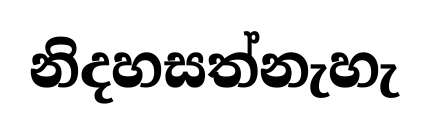
නිදහසත්නැහැ